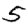
Digit: 5